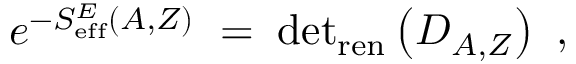
e ^ { - S _ { \mathrm { e f f } } ^ { E } ( A , Z ) } \; = \; \mathrm { d e t } _ { \mathrm { r e n } } \left( D _ { A , Z } \right) ~ ,